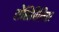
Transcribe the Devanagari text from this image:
सेंसिबिलिस